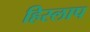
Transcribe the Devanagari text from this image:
हिस्लाप